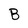
Character: B